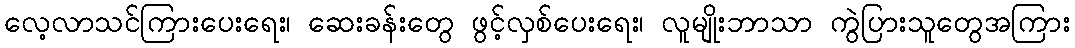
လေ့လာသင်ကြားပေးရေး၊ ဆေးခန်းတွေ ဖွင့်လှစ်ပေးရေး၊ လူမျိုးဘာသာ ကွဲပြားသူတွေအကြား